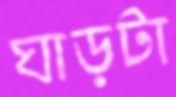
ঘাড়টা